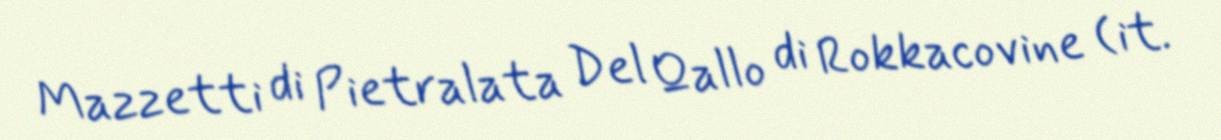
Mazzetti di Pietralata Del Qallo di Rokkacovine (it.